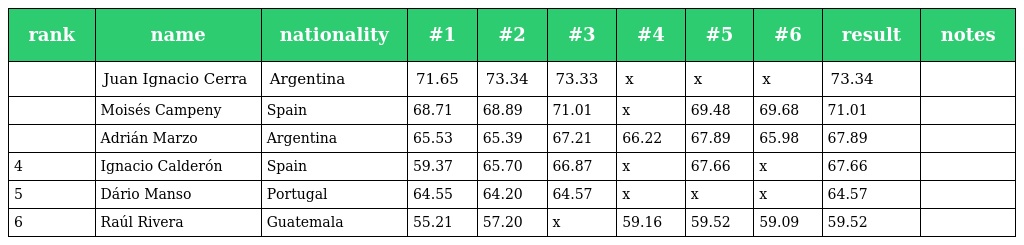
| rank | name | nationality | #1 | #2 | #3 | #4 | #5 | #6 | result | notes |
 | --- | --- | --- | --- | --- | --- | --- | --- | --- | --- | --- |
 |  | Juan Ignacio Cerra | Argentina | 71.65 | 73.34 | 73.33 | x | x | x | 73.34 |  |
 |  | Moisés Campeny | Spain | 68.71 | 68.89 | 71.01 | x | 69.48 | 69.68 | 71.01 |  |
 |  | Adrián Marzo | Argentina | 65.53 | 65.39 | 67.21 | 66.22 | 67.89 | 65.98 | 67.89 |  |
 | 4 | Ignacio Calderón | Spain | 59.37 | 65.70 | 66.87 | x | 67.66 | x | 67.66 |  |
 | 5 | Dário Manso | Portugal | 64.55 | 64.20 | 64.57 | x | x | x | 64.57 |  |
 | 6 | Raúl Rivera | Guatemala | 55.21 | 57.20 | x | 59.16 | 59.52 | 59.09 | 59.52 |  |